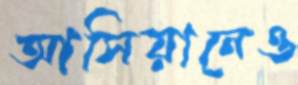
আসিয়ানেও